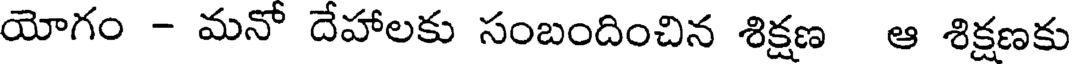
యోగం - మనో దేహాలకు సంబందించిన శిక్షణ ఆ శిక్షణకు